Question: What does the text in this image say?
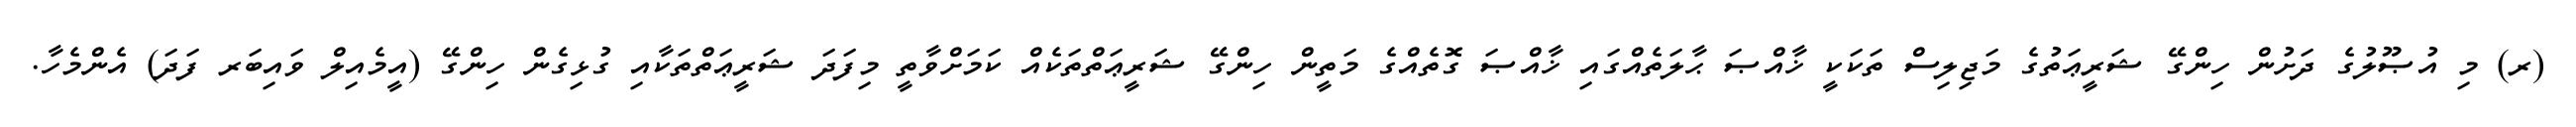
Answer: (ރ) މި އުޞޫލުގެ ދަށުން ހިންގޭ ޝަރީޢަތުގެ މަޖިލިސް ތަކަކީ ޚާއްޞަ ޙާލަތެއްގައި ޚާއްޞަ ގޮތެއްގެ މަތީން ހިންގޭ ޝަރީޢަތްތަކެއް ކަމަށްވާތީ މިފަދަ ޝަރީޢަތްތަކާއި ގުޅިގެން ހިންގޭ (އީމެއިލް ވައިބަރ ފަދަ) އެންމެހާ.